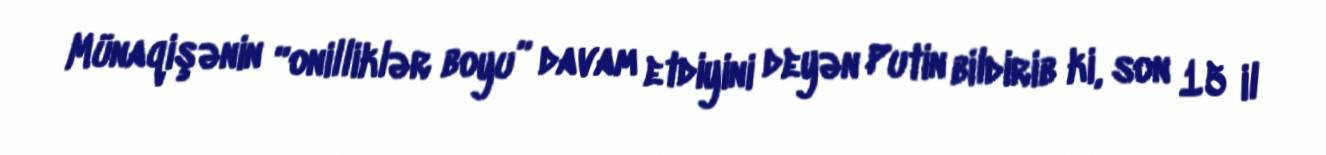
Münaqişənin “onilliklər boyu” davam etdiyini deyən Putin bildirib ki, son 15 il